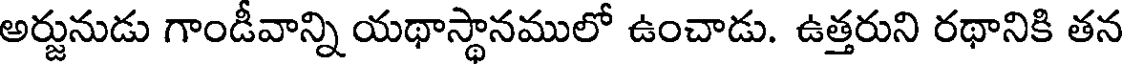
అర్జునుడు గాండీవాన్ని యథాస్థానములో ఉంచాడు. ఉత్తరుని రథానికి తన